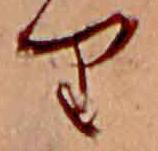
り